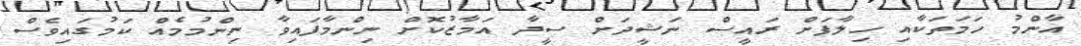
އާންމު ހަމަތަކާއި ހިލާފަށް ރައީސް ނަޝީދަށް ސީދާ އަމާޒުކޮށް ނިންމާފައިވާ ނިންމުމެއް ކަމުގައިވެސް